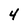
Character: 4